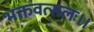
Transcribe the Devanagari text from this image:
भक्तवत्सलः।।